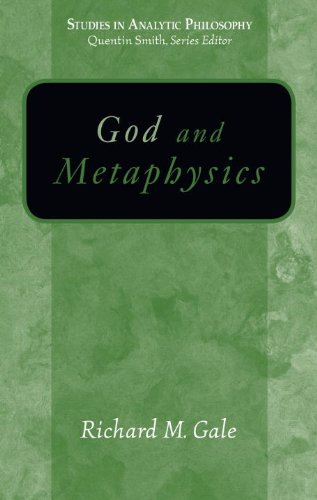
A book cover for God And Metaphysics (Studies in Analytic Philosophy); Richard M. Gale; Politics & Social Sciences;